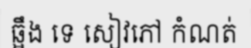
ឆ្អឹង ទេ សៀវភៅ កំណត់